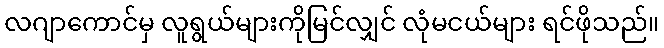
လဂျာကောင်မှ လူရွယ်များကိုမြင်လျှင် လုံမငယ်များ ရင်ဖိုသည်။